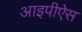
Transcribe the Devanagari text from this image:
आइपीऐस